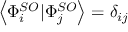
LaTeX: \left\langle \Phi _ { i } ^ { S O } | \Phi _ { j } ^ { S O } \right\rangle = \delta _ { i j }